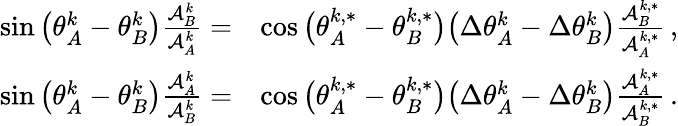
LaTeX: \begin{array}{rl}{\sin\big(\theta_{A}^{k}-\theta_{B}^{k}\big)\frac{\mathcal{A}_{B}^{k}}{\mathcal{A}_{A}^{k}}=}&{\cos\big(\theta_{A}^{k,*}-\theta_{B}^{k,*}\big)\big(\Delta\theta_{A}^{k}-\Delta\theta_{B}^{k}\big)\frac{\mathcal{A}_{B}^{k,*}}{\mathcal{A}_{A}^{k,*}}\, ,}\\ {\sin\big(\theta_{A}^{k}-\theta_{B}^{k}\big)\frac{\mathcal{A}_{A}^{k}}{\mathcal{A}_{B}^{k}}=}&{\cos\big(\theta_{A}^{k,*}-\theta_{B}^{k,*}\big)\big(\Delta\theta_{A}^{k}-\Delta\theta_{B}^{k}\big)\frac{\mathcal{A}_{A}^{k,*}}{\mathcal{A}_{B}^{k,*}}\, .}\end{array}